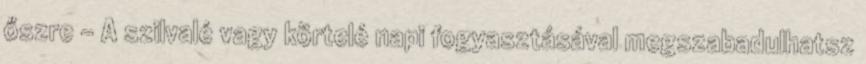
őszre - A szilvalé vagy körtelé napi fogyasztásával megszabadulhatsz